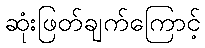
ဆုံးဖြတ်ချက်ကြောင့်